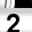
Digit: 2